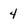
Character: 4